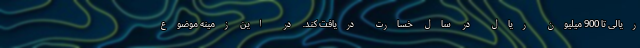
ریالی تا 900 میلیون ریال در سال خسارت دریافت کند. در این زمینه موضوع